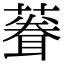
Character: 𫉠